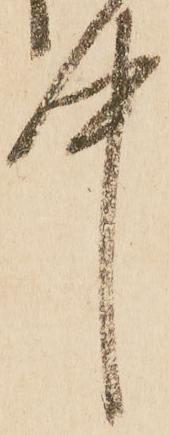
中